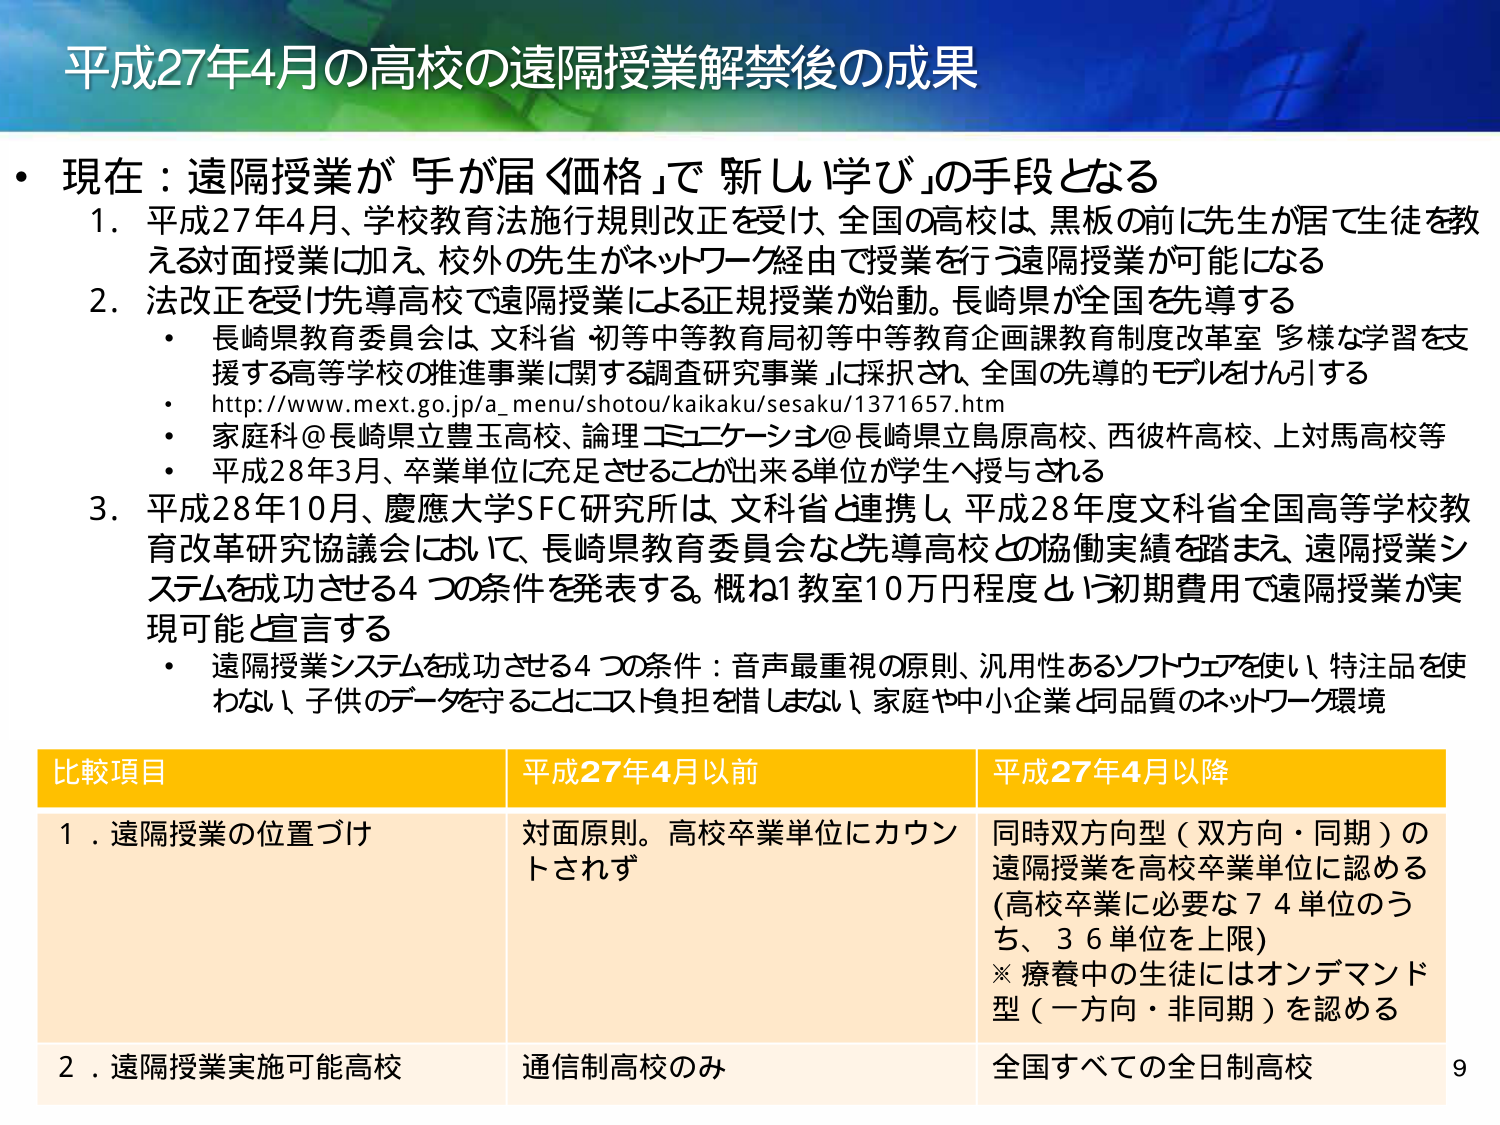
平成27年4月の高校の遠隔授業解禁後の成果

・現在：遠隔授業が「手が届く価格」で「新しい学び」の手段となる

1. 平成27年4月、学校教育法施行規則改正を受け、全国の高校は、黒板の前に先生が居て生徒を教える対面授業に加え、校外の先生がネットワーク経由で授業を行う遠隔授業が可能になる

2. 法改正を受け先導高校で遠隔授業による正規授業が始動。長崎県が全国を先導する
・長崎県教育委員会は、文科省「初等中等教育局初等中等教育企画課教育制度改革室 多様な学習を支援する高等学校の推進事業に関する調査研究事業」に採択され、全国の先導的モデルをけん引する
・http://www.mext.go.jp/a_menu/shotou/kaikaku/sesaku/1371657.htm
・家庭科＠長崎県立豊玉高校、論理コミュニケーション＠長崎県立島原高校、西彼杵高校、上対馬高校等
・平成28年3月、卒業単位に充足させることができる単位が学生へ授与される

3. 平成28年10月、慶應大学SFC研究所は、文科省と連携し、平成28年度文科省全国高等学校教育改革研究協議会において、長崎県教育委員会など先導高校との協働実績を踏まえ、遠隔授業システムを成功させる4つの条件を発表する。概ね1教室10万円程度という初期費用で遠隔授業が実現可能と宣言する
・遠隔授業システムを成功させる4つの条件：音声最重視の原則、汎用性あるソフトウェアを使い、特注品を使わない、子供のデータを守ることにコスト負担を惜しまない、家庭や中小企業と同品質のネットワーク環境

比較項目 平成27年4月以前 平成27年4月以降

1. 遠隔授業の位置づけ 対面原則。高校卒業単位にカウントされず 同時双方向型（双方向・同期）の遠隔授業を高校卒業単位に認める（高校卒業に必要な74単位のうち、36単位を上限）※療養中の生徒にはオンデマンド型（一方・非同期）を認める

2. 遠隔授業実施可能高校 通信制高校のみ 全国すべての全日制高校

9